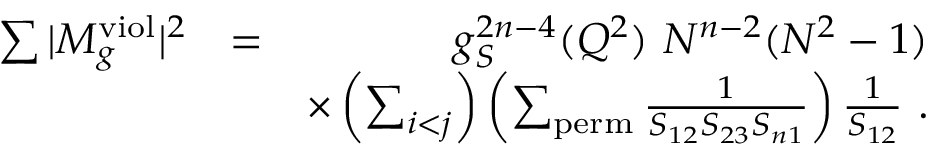
\begin{array} { r l r } { \sum \vert M _ { g } ^ { \mathrm { v i o l } } \vert ^ { 2 } } & { = } & { g _ { S } ^ { 2 n - 4 } ( Q ^ { 2 } ) ~ N ^ { n - 2 } ( N ^ { 2 } - 1 ) } \\ & { } & { \times \left( \sum _ { i < j } \right) \left( \sum _ { \mathrm { p e r m } } \frac { 1 } { S _ { 1 2 } S _ { 2 3 } S _ { n 1 } } \right) \frac { 1 } { S _ { 1 2 } } ~ . } \end{array}